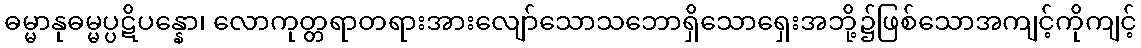
ဓမ္မာနုဓမ္မပ္ပဋိပန္နော၊ လောကုတ္တရာတရားအားလျော်သောသဘောရှိသောရှေးအဘို့၌ဖြစ်သောအကျင့်ကိုကျင့်